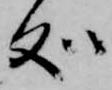
処